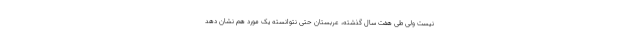
نیست ولی طی هفت سال گذشته، عربستان حتی نتوانسته یک مورد هم نشان دهد